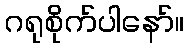
ဂရုစိုက်ပါနော်။